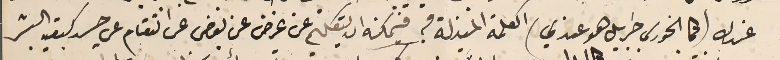
عندك (كما الخوري جبرايل هو عندي) الكلمة المبذلة فيه فيمكنه ان يتكلم عن غرض عن بغض عن انتقام عن حسد كبقية البشر